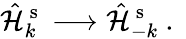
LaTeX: \hat{\mathcal{H}}_{k}^{\mathrm{~s~}}\longrightarrow\hat{\mathcal{H}}_{-k}^{\mathrm{~s~}}\mathrm{~.~}